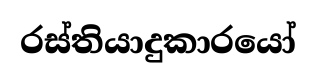
රස්තියාදුකාරයෝ